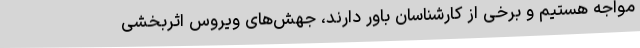
مواجه هستیم و برخی از کارشناسان باور دارند، جهش‌های ویروس اثربخشی